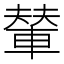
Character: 輦